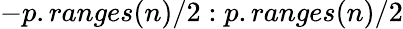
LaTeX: -p.ranges(n)/2:p.ranges(n)/2